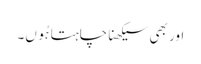
اور بھی سیکھنا چاہتا ہُوں۔